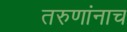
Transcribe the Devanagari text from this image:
तरुणांनाच